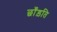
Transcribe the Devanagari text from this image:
छाँड़ति